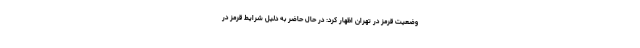
وضعیت قرمز در تهران اظهار کرد: در حال حاضر به دلیل شرایط قرمز در